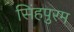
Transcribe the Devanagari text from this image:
सिंहपुरम